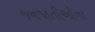
જનજાતીઓના